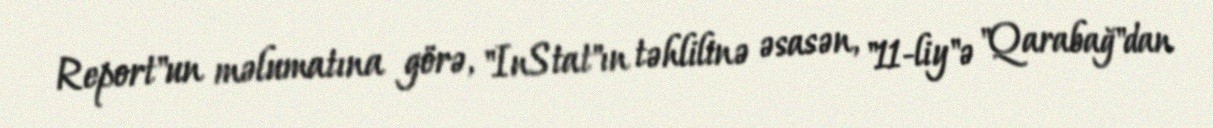
Report"un məlumatına görə, "InStat"ın təhlilinə əsasən, "11-liy"ə "Qarabağ"dan